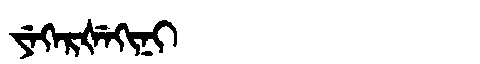
Manchu: ᠶᡝᡴᡝᡵᡧᡝᡴᡳᠨᡳ
Romanization: YEKERŠEKINI